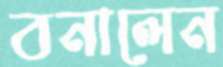
বনালেন